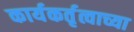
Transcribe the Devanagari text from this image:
कार्यकर्तृत्वाच्या